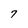
Character: 7